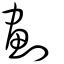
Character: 劃